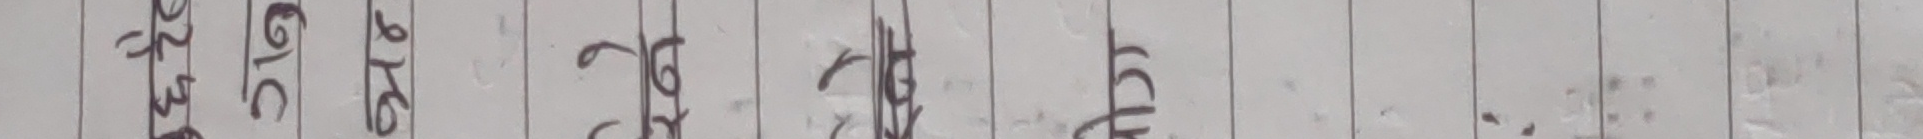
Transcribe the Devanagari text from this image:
२१० ३१० ९१६ ९०६ ९६७